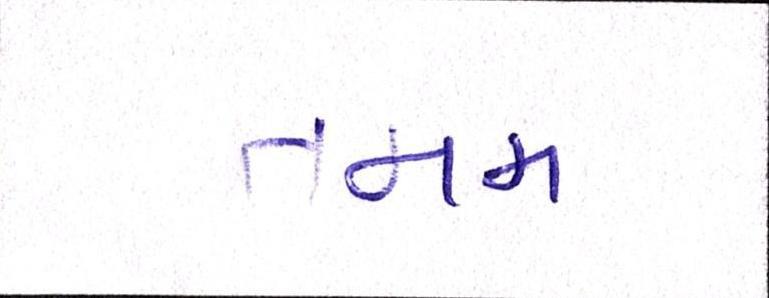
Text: તમમ